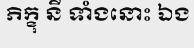
ភិក្ខុ នី ទាំងនោះ ឯង